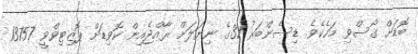
ބޮޑަށް ގޯސްވި މަހެކެވެ. ޑިސެންބަރު 31ގެ ނިޔަލަށް ރާއްޖެއިން ކޮވިޑަށް ޕޮޒިޓިވްވީ 13757